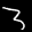
Label: 3